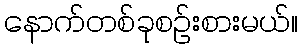
နောက်တစ်ခုစဉ်းစားမယ်။